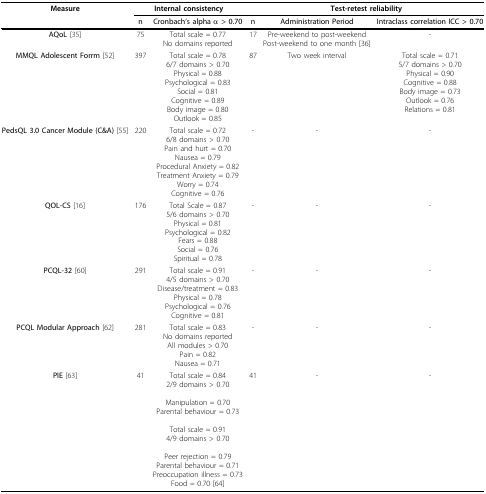
| Measure | <COLSPAN=2> Internal consistency | <COLSPAN=3> Test-retest reliability |
 |  | n | Cronbach's alpha α > 0.70 | n | Administration Period | Intraclass correlation ICC > 0.70 |
 | --- | --- | --- | --- | --- | --- |
 | AQoL [35] | 75 | Total scale = 0.77 No domains reported | 17 | Pre-weekend to post-weekendPost-weekend to one month [36] | - |
 | MMQL Adolescent Forrm [52] | 397 | Total scale = 0.786/7 domains > 0.70Physical = 0.88Psychological = 0.83Social = 0.81Cognitive = 0.89Body image = 0.80Outlook = 0.85 | 87 | Two week interval | Total scale = 0.715/7 domains > 0.70Physical = 0.90Cognitive = 0.88Body image = 0.73Outlook = 0.76Relations = 0.81 |
 | PedsQL 3.0 Cancer Module (C&A) [55] | 220 | Total scale = 0.726/8 domains > 0.70Pain and hurt = 0.70Nausea = 0.79Procedural Anxiety = 0.82Treatment Anxiety = 0.79Worry = 0.74Cognitive = 0.76 | - | - | - |
 | QOL-CS [16] | 176 | Total Scale = 0.875/6 domains > 0.70Physical = 0.81Psychological = 0.82Fears = 0.88Social = 0.76Spiritual = 0.78 | - | - | - |
 | PCQL-32 [60] | 291 | Total scale = 0.914/5 domains > 0.70Disease/treatment = 0.83Physical = 0.78Psychological = 0.76Cognitive = 0.81 | - | - | - |
 | PCQL Modular Approach [62] | 281 | Total scale = 0.83No domains reportedAll modules > 0.70Pain = 0.82Nausea = 0.71 | - | - | - |
 | PIE [63] | 41 | Total scale = 0.84 2/9 domains > 0.70Manipulation = 0.70 Parental behaviour = 0.73Total scale = 0.91 4/9 domains > 0.70Peer rejection = 0.79 Parental behaviour = 0.71 Preoccupation illness = 0.73 Food = 0.70 [64] | 41 | - | - |